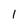
Character: 1